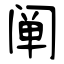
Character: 阐